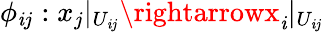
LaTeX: \phi_{\mathit{i}j}:x_{j}|_{U_{\mathit{i}j}}\rightarrowx_{\mathit{i}}|_{U_{\mathit{i}j}}